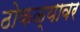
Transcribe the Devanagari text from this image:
ठोकळ्यावर